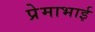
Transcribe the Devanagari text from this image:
प्रेमाभाई